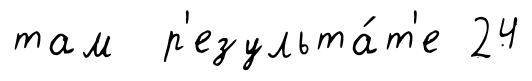
там р'езульта́т'е 24